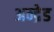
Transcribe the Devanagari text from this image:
अन्द्रेड